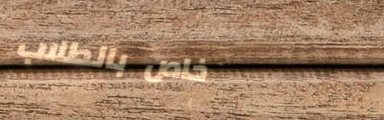
خاص بالطلاب